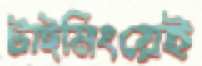
টাইমিংয়েই